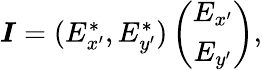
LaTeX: \begin{array}{r}{\boldsymbol{I}=(E_{x^{\prime}}^{*},E_{y^{\prime}}^{*})\left(\begin{array}{c}{E_{x^{\prime}}}\\ {E_{y^{\prime}}}\end{array}\right),}\end{array}